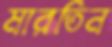
মারতিন